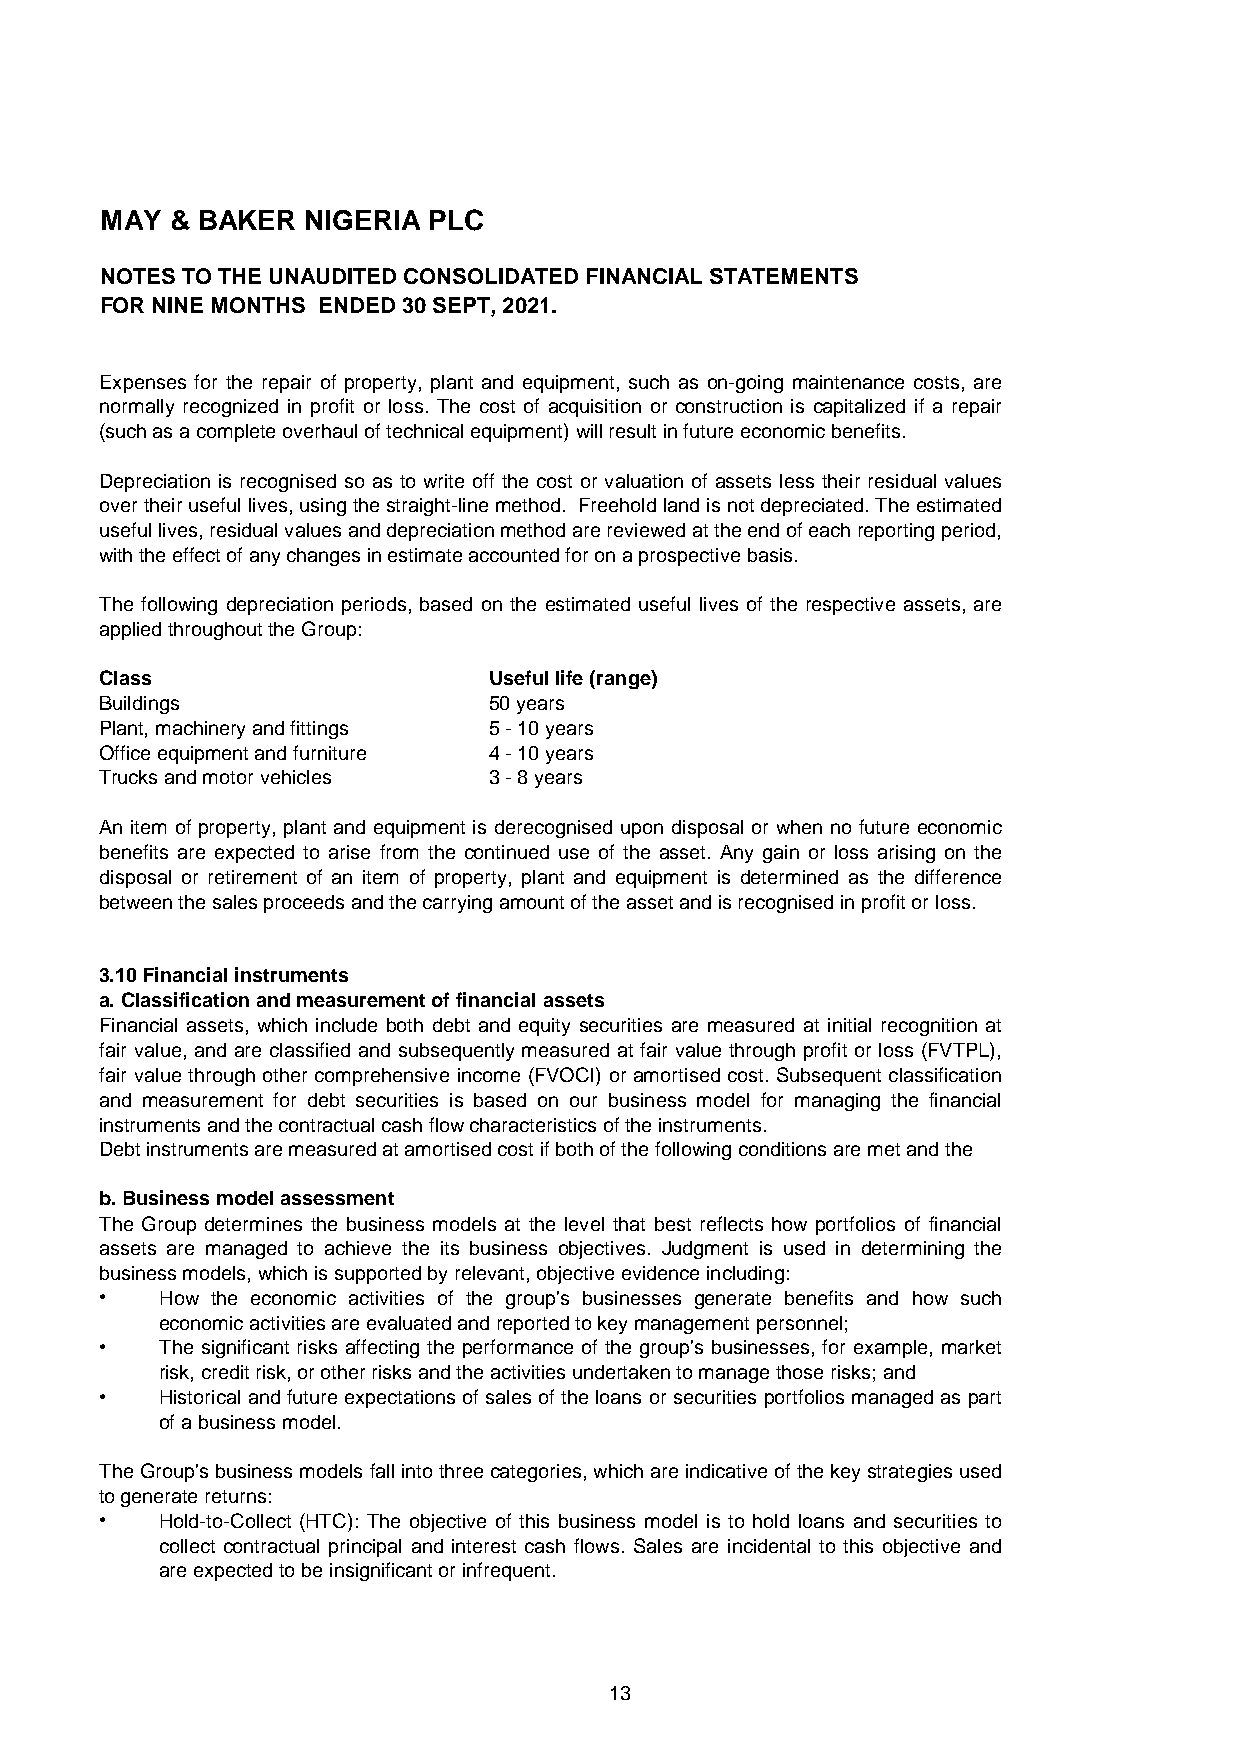
MAY & BAKER  NIGERIA PLC
 NOTES TO THE UNAUDITED CONSOLIDATED FINANCIAL STATEMENTS
 FOR NINE MONTHS ENDED 30 SEPT, 2021.
 Expenses for the repair of property, plant and equipment, such as on-going maintenance costs, are
 normally recognized in profit or loss. The cost of acquisition or construction is capitalized if a repair
 (such as a complete overhaul of technical equipment) will result in future economic benefits.
 Depreciation is recognised so as to write off the cost or valuation of assets less their residual values
 overtheirusefullives,usingthestraight-linemethod. Freeholdlandisnotdepreciated.Theestimated
 usefullives,residualvaluesanddepreciationmethodarereviewedattheendofeachreportingperiod,
 with the effect of any changes in estimate accounted for on a prospective basis.
 The following depreciation periods, based on the estimated useful lives of the respective assets, are
 applied throughout the Group:
 Class                    Useful life (range)
 Buildings                50 years
 Plant, machinery and fittings 5 - 10 years
 Office equipment and furniture 4 - 10 years
 Trucks and motor vehicles 3 - 8 years
 An item of property, plant and equipment is derecognised upon disposal or when no future economic
 benefits are expected to arise from the continued use of the asset. Any gain or loss arising on the
 disposal or retirement of an item of property, plant and equipment is determined as the difference
 between the sales proceeds and the carrying amount of the asset and is recognised in profit or loss.
 3.10 Financial instruments
 a. Classification and measurement of financial assets
 Financial assets, which include both debt and equity securities are measured at initial recognition at
 fair value, and are classified and subsequently measured at fair value through profit or loss (FVTPL),
 fair value through other comprehensive income (FVOCI) or amortised cost. Subsequent classification
 and measurement for debt securities is based on our business model for managing the financial
 instruments and the contractual cash flow characteristics of the instruments.
 Debt instruments are measured at amortised cost if both of the following conditions are met and the
 b. Business model assessment
 The Group determines the business models at the level that best reflects how portfolios of financial
 assets are managed to achieve the its business objectives. Judgment is used in determining the
 business models, which is supported by relevant, objective evidence including:
 •   How the economic activities of the group's businesses generate benefits and how such
 economic activities are evaluated and reported to key management personnel;
 •   The significant risks affecting the performance of the group's businesses, for example, market
 risk, credit risk, or other risks and the activities undertaken to manage those risks; and
 •   Historical andfutureexpectations of salesof theloans or securities portfolios managed aspart
 of a business model.
 TheGroup'sbusinessmodelsfallintothreecategories,whichareindicativeofthekeystrategiesused
 to generate returns:
 •   Hold-to-Collect (HTC): The objective of this business model is to hold loans and securities to
 collect contractual principal and interest cash flows. Sales are incidental to this objective and
 are expected to be insignificant or infrequent.
 13